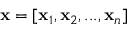
\mathbf { x } = [ \mathbf { x } _ { 1 } , \mathbf { x } _ { 2 } , . . . , \mathbf { x } _ { n } ]